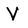
Character: V